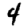
Digit: 4